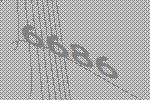
6686